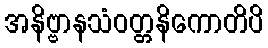
အနိဗ္ဗာနသံဝတ္တနိကောတိပိ